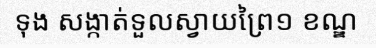
ទុង សង្កាត់ទួលស្វាយព្រៃ១ ខណ្ឌ